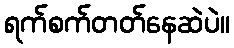
ရက်စက်တတ်နေဆဲပဲ။